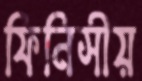
ফিনিসীয়